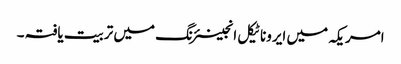
امریکہ میں ایروناٹیکل انجینئرنگ میں تربیت یافتہ ۔